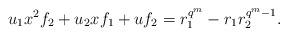
LaTeX: \begin{align*} u_1x^2f_2+u_2xf_1+uf_2=r_1^{q^m}-r_1r_2^{q^m-1} .\end{align*}